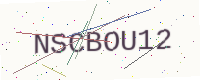
Text: NSCBOU12